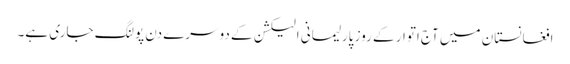
افغانستان میں آج اتوار کے روز پارلیمانی الیکشن کے دوسرے دن پولنگ جاری ہے۔